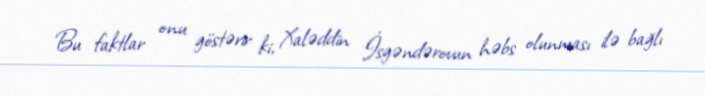
Bu faktlar onu göstərir ki, Xaləddin İsgəndərovun həbs olunması ilə bağlı